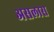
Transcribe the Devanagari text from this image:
असलास